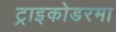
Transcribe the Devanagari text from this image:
ट्राइकोडरमा